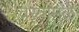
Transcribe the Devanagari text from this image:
वस्त्रामुळे